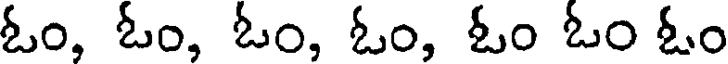
ఓం, ఓం, ఓం, ఓం, ఓం ఓం ఓం